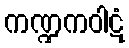
ကဏ္ဍကဝါဋံ